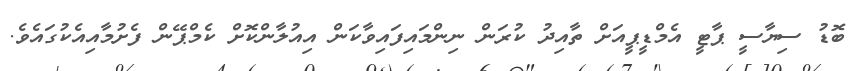
ބޮޑު ސިޔާސީ ޕާޓީ އެމްޑީޕީއަށް ތާއިދު ކުރަން ނިންމައިފައިވާކަން އިއުލާންކޮށް ކެމްޕޭން ފެށުމާއިއެކުގައެވެ.